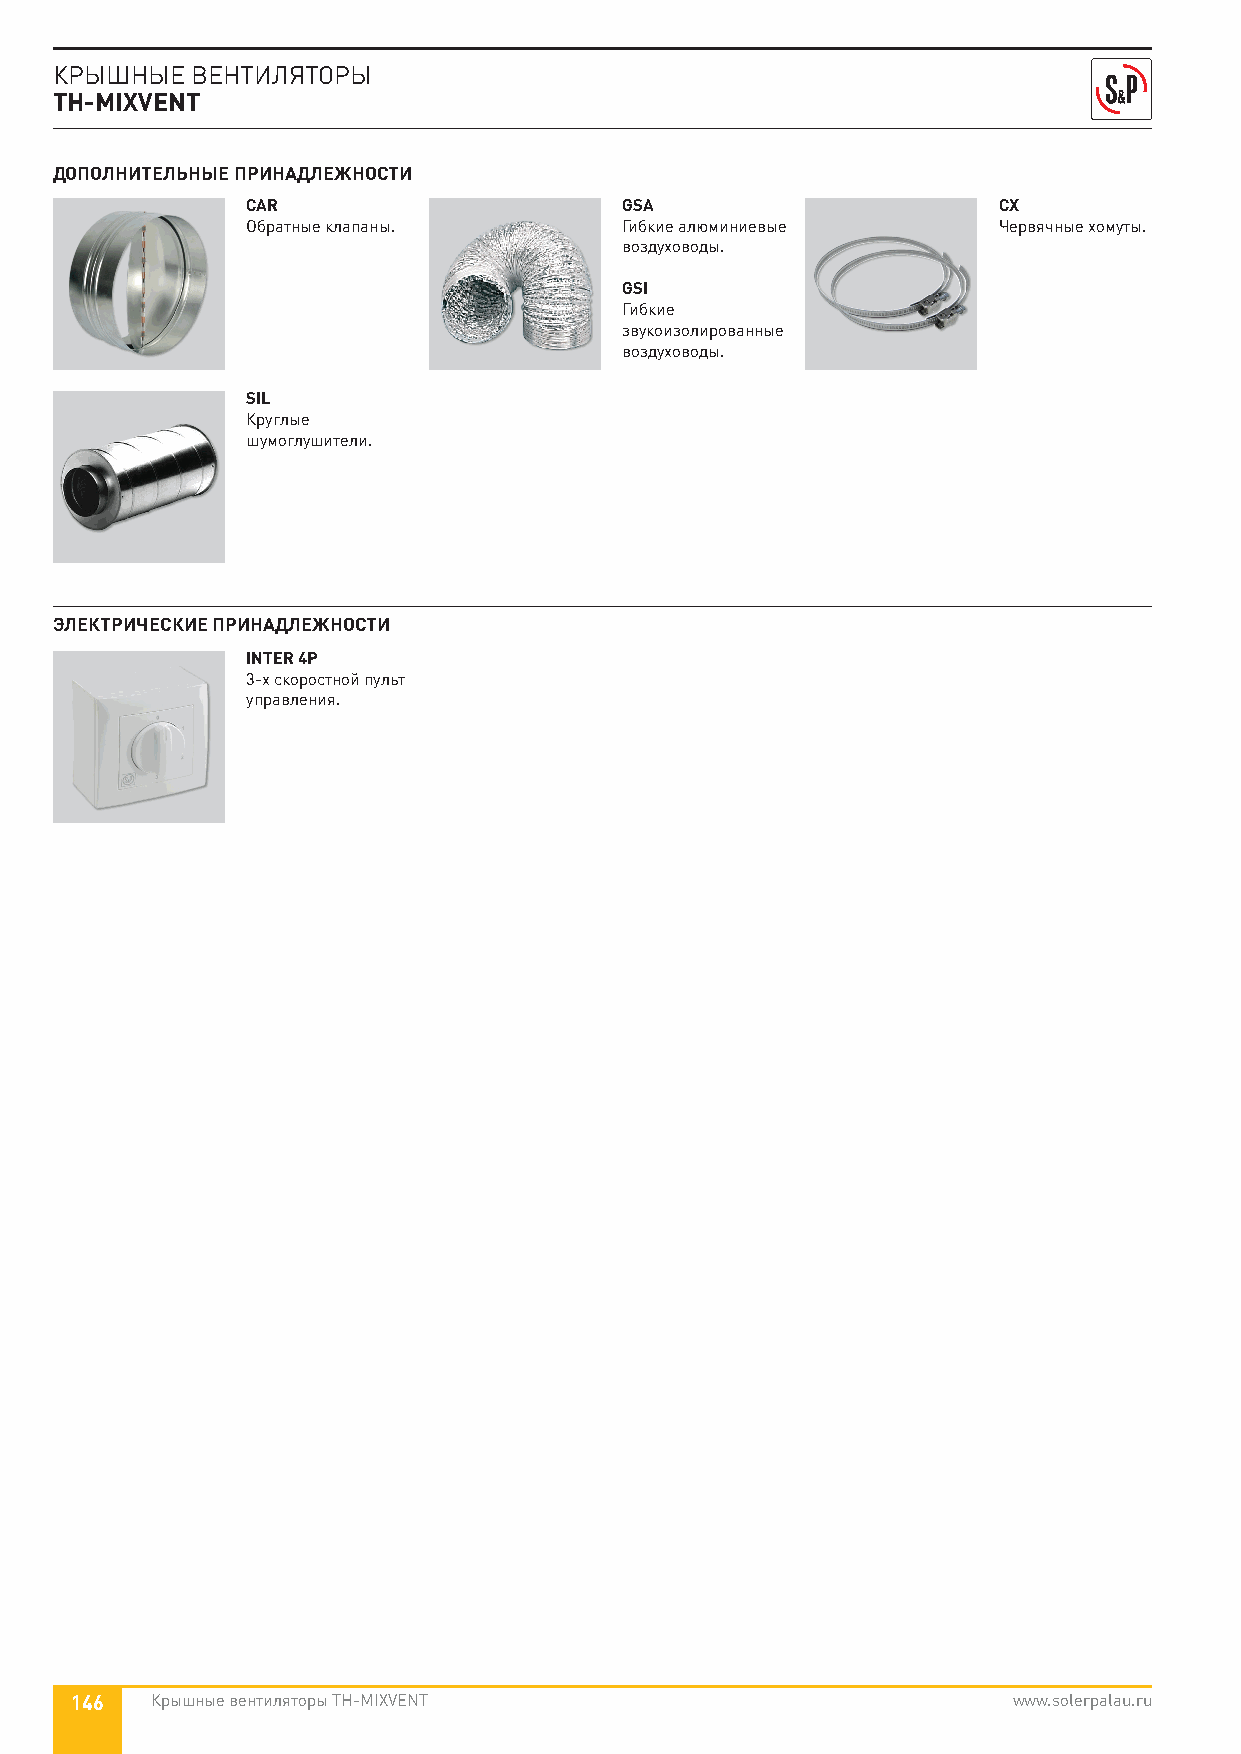
КРЫШНЫЕ  ВЕНТИЛЯТОРЫ
 TH-MIXVENT
 ДОПОЛНИТЕЛЬНЫЕ ПРИНАДЛЕЖНОСТИ
 CAR                      GSA                      CX
 Обратные клапаны.        Гибкие алюминиевые       Червячные хомуты.
 воздуховоды.
 GSI
 Гибкие
 звукоизолированные
 воздуховоды.
 SIL
 Круглые
 шумоглушители.
 ЭЛЕКТРИЧЕСКИЕ ПРИНАДЛЕЖНОСТИ
 INTER 4P
 3-х скоростной пульт
 управления.
 146  Крышные вентиляторы TH-MIXVENT                           www.solerpalau.ru